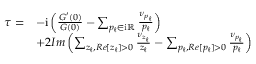
\begin{array} { r } { \begin{array} { r l } { \tau = } & { - \mathrm { i } \left( \frac { G ^ { \prime } ( 0 ) } { G ( 0 ) } - \sum _ { p _ { \ell } \in \mathrm { i } \mathbb { R } } \frac { \nu _ { p _ { \ell } } } { p _ { \ell } } \right) } \\ & { + 2 I m \left( \sum _ { z _ { \ell } , R e [ z _ { \ell } ] > 0 } \frac { \nu _ { z _ { \ell } } } { z _ { \ell } } - \sum _ { p _ { \ell } , R e [ p _ { \ell } ] > 0 } \frac { \nu _ { p _ { \ell } } } { p _ { \ell } } \right) } \end{array} } \end{array}